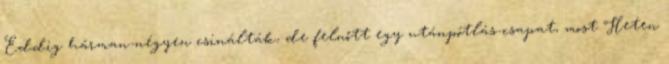
Eddig hárman-négyen csinálták, de felnőtt egy utánpótlás-csapat, most Heten